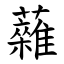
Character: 䕹